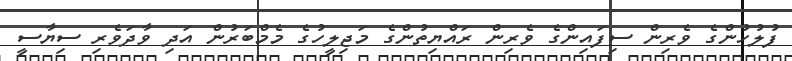
ފުލުހުންގެ ވެރިން ސިފައިންގެ ވެރިން ރައްޔިތުންގެ މަޖިލީހުގެ މެމްބަރުން އަދި ވާދަވެރި ސިޔާސީ